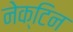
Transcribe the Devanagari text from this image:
नेक्टिन